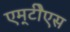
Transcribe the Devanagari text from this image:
एम्‌टीेएस